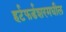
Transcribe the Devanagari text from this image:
हर्टफर्डशरमधील